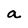
Character: a